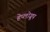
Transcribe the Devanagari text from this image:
हेप्लोग्रूप